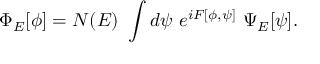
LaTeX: \Phi _ { E } [ \phi ] = N ( E ) ~ \int d \psi ~ e ^ { i F [ \phi , \psi ] } ~ \Psi _ { E } [ \psi ] .